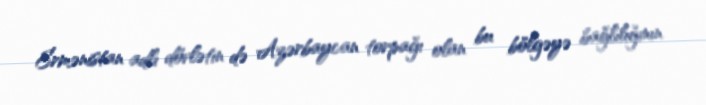
Ermənistan adlı dövlətin də Azərbaycan torpağı olan bu bölgəyə bağlılığının